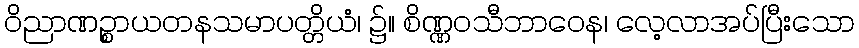
ဝိညာဏဉ္စာယတနသမာပတ္တိယံ၊ ၌။ စိဏ္ဏဝသီဘာဝေန၊ လေ့လာအပ်ပြီးသော